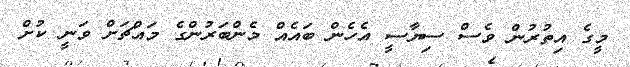
މީގެ އިތުރުން ވެސް ސިޔާސީ އެހެން ބައެއް މެންބަރުންގެ މައްޗަށް ވަނީ ކުށް